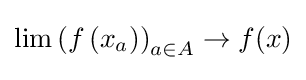
\lim _{}\left(f\left(x_{a}\right)\right)_{a\in A}\to f(x)